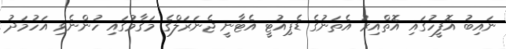
ނައިބު އޮފީހުގައި އޮތްއިރު އެތަނުގެ ޑެޕިއުޓީ އެޓާނީ ޖެނަރަލްގެ މަގާމުގައި ހުންނެވި އަހުމަދު